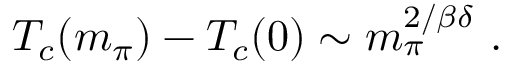
T _ { c } ( m _ { \pi } ) - T _ { c } ( 0 ) \sim m _ { \pi } ^ { 2 / \beta \delta } ~ .